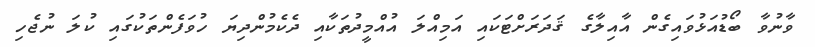
ވާނުވާ ބޯޑުއަޅުވައިގެން އާއިލާގެ ޤަދަރަށްޓަކައި އަމިއްލަ އުއްމީދުތަކާއި ދެކެމުންދިޔަ ހުވަފެންތަކުގައި ކުލަ ނުޖެހި